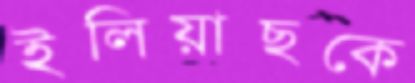
ইলিয়াছকে